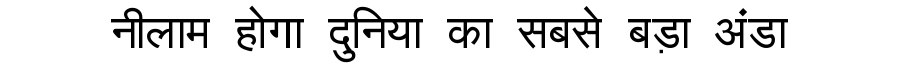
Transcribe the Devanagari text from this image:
नीलाम होगा दुनिया का सबसे बड़ा अंडा